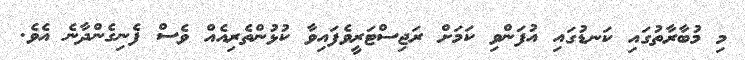
މި މުބާރާތުގައި ކަނޑުގައި އުފަންވި ކަމަށް ރަޖިސްޓަރީވެފައިވާ ކުޅުންތެރިއެއް ވެސް ފެނިގެންދާނެ އެވެ.